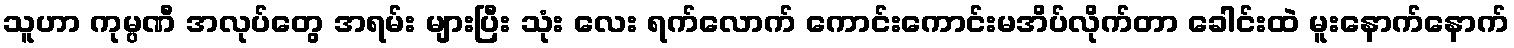
သူဟာ ကုမ္ပဏီ အလုပ်တွေ အရမ်း များပြီး သုံး လေး ရက်လောက် ကောင်းကောင်းမအိပ်လိုက်တာ ခေါင်းထဲ မူးနောက်နောက်